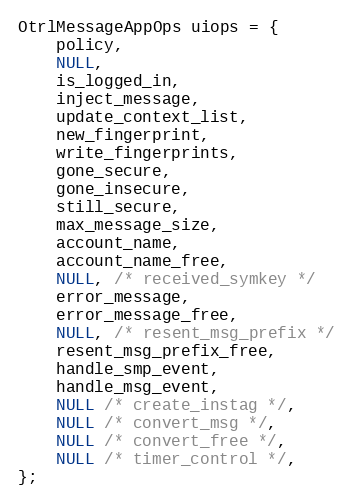
Language: C
OtrlMessageAppOps uiops = {
    policy,
    NULL,
    is_logged_in,
    inject_message,
    update_context_list,
    new_fingerprint,
    write_fingerprints,
    gone_secure,
    gone_insecure,
    still_secure,
    max_message_size,
    account_name,
    account_name_free,
    NULL, /* received_symkey */
    error_message,
    error_message_free,
    NULL, /* resent_msg_prefix */
    resent_msg_prefix_free,
    handle_smp_event,
    handle_msg_event,
    NULL /* create_instag */,
    NULL /* convert_msg */,
    NULL /* convert_free */,
    NULL /* timer_control */,
};